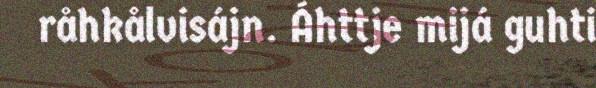
råhkålvisájn. Áhttje mijá guhti